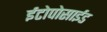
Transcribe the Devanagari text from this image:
ईटोपोसाईड